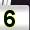
Digit: 5